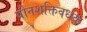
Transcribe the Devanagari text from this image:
यौनशक्तिवर्धक